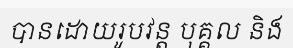
បានដោយរូបវន្ត បុគ្គល និង